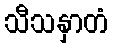
သီသနှာတံ